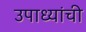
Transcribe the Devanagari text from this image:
उपाध्यांची